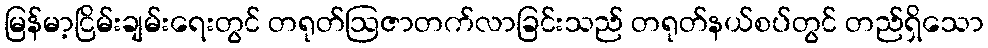
မြန်မာ့ငြိမ်းချမ်းရေးတွင် တရုတ်ဩဇာတက်လာခြင်းသည် တရုတ်နယ်စပ်တွင် တည်ရှိသော